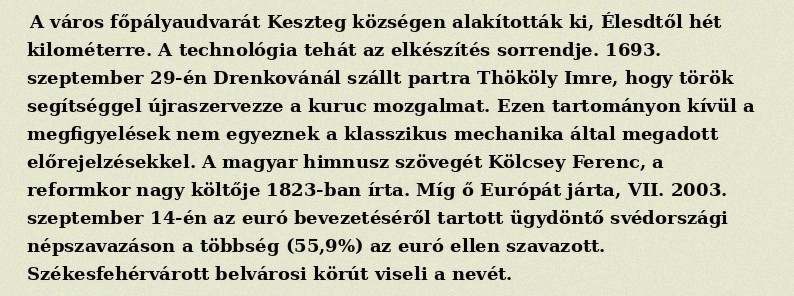
A város főpályaudvarát Keszteg községen alakították ki, Élesdtől hét kilométerre. A technológia tehát az elkészítés sorrendje. 1693. szeptember 29-én Drenkovánál szállt partra Thököly Imre, hogy török segítséggel újraszervezze a kuruc mozgalmat. Ezen tartományon kívül a megfigyelések nem egyeznek a klasszikus mechanika által megadott előrejelzésekkel. A magyar himnusz szövegét Kölcsey Ferenc, a reformkor nagy költője 1823-ban írta. Míg ő Európát járta, VII. 2003. szeptember 14-én az euró bevezetéséről tartott ügydöntő svédországi népszavazáson a többség (55,9%) az euró ellen szavazott. Székesfehérvárott belvárosi körút viseli a nevét.